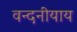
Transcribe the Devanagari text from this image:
वन्दनीयाय